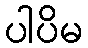
ပါပိမ